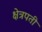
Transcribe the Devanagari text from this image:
क्षेत्रपती